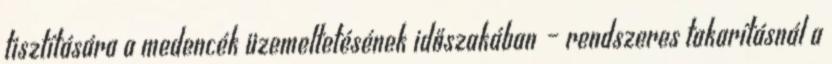
tisztítására a medencék üzemeltetésének időszakában – rendszeres takarításnál a